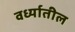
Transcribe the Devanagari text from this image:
वर्ध्यातील